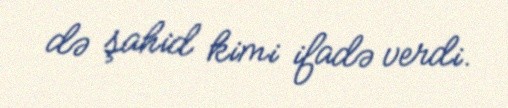
də şahid kimi ifadə verdi.